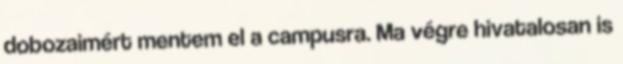
dobozaimért mentem el a campusra. Ma végre hivatalosan is